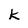
Character: k